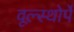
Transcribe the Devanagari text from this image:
वूल्स्थोर्पे